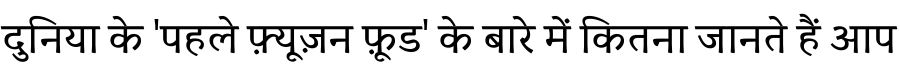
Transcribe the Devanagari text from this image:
दुनिया के 'पहले फ़्यूज़न फ़ूड' के बारे में कितना जानते हैं आप